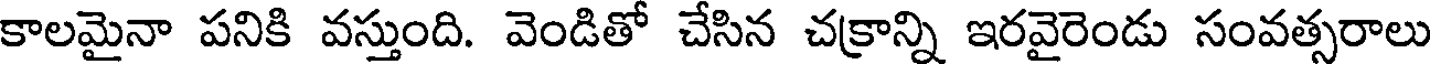
కాలమైనా పనికి వస్తుంది. వెండితో చేసిన చక్రాన్ని ఇరవైరెండు సంవత్సరాలు